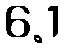
6.1